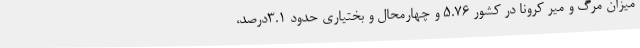
میزان مرگ و میر کرونا در کشور 5.76 و چهارمحال و بختیاری حدود 3.1درصد،